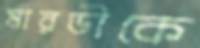
মারডীকে